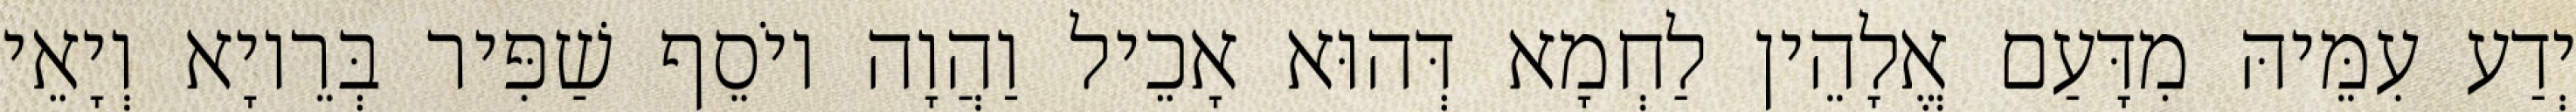
יְדַע עִמֵּיהּ מִדָּעַם אֱלָהֵין לַחְמָא דְּהוּא אָכֵיל וַהֲוָה יוֹסֵף שַׁפִּיר בְּרֵיוָא וְיָאֵי